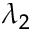
\lambda _ { 2 }